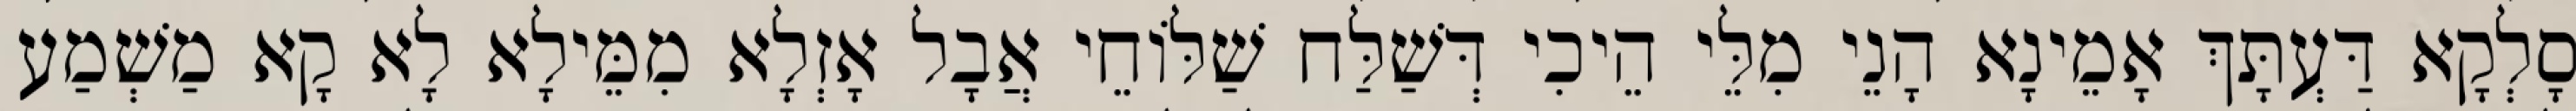
סָלְקָא דַּעְתָּךְ אָמֵינָא הָנֵי מִלֵּי הֵיכִי דְּשַׁלַּח שַׁלּוֹחֵי אֲבָל אָזְלָא מִמֵּילָא לָא קָא מַשְׁמַע